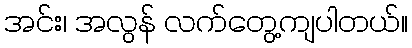
အင်း၊ အလွန် လက်တွေ့ကျပါတယ်။